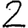
Digit: 2